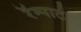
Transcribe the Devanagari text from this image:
रॅम्पार्ट